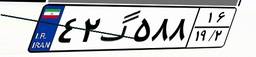
۵۸گ۳۸۶۹۶